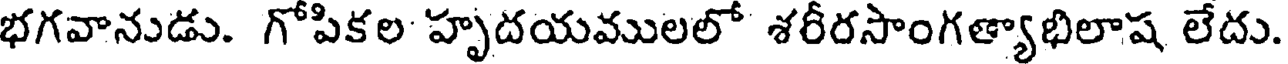
భగవానుడు. గోపికల హృదయములలో శరీరసాంగత్యాభిలాష లేదు.